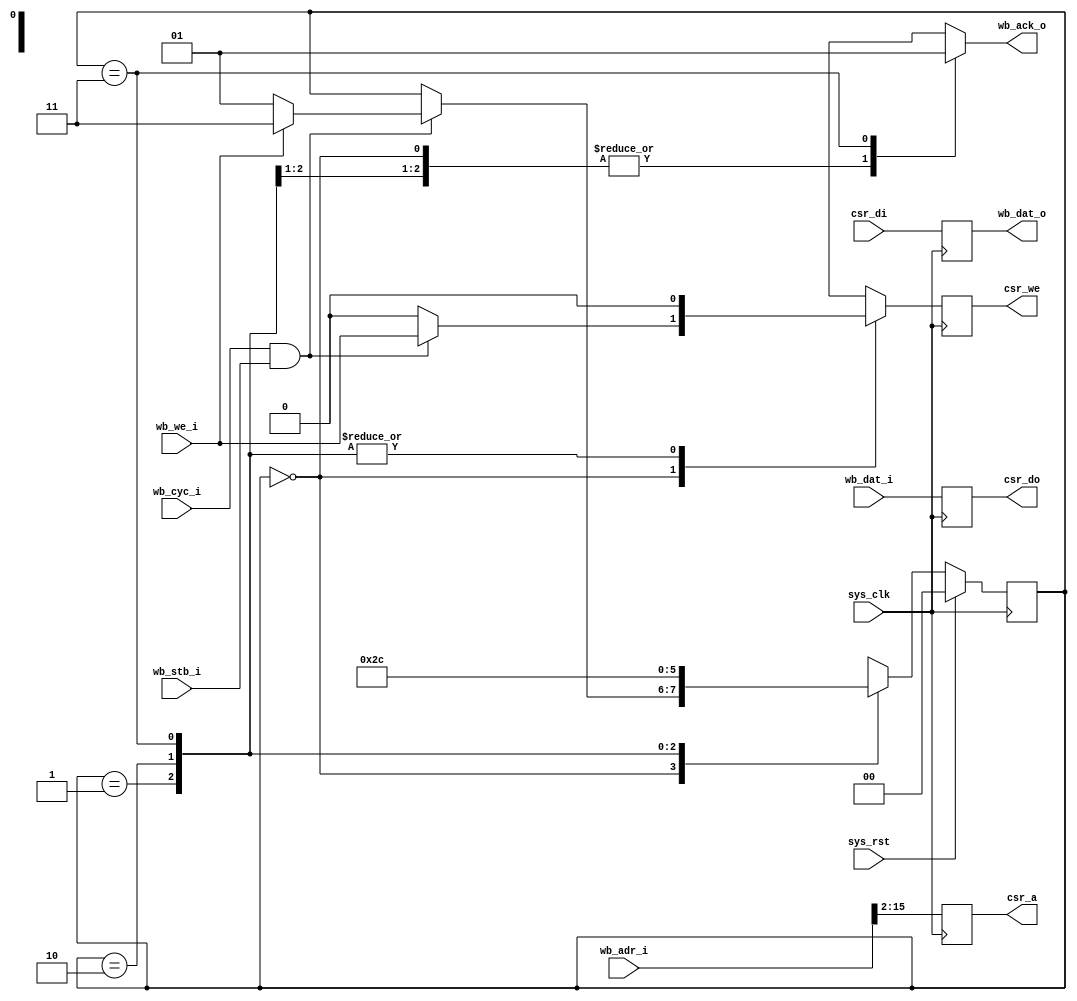
module csrbrg(
	input sys_clk,
	input sys_rst,
	
	/* WB */
	input [31:0] wb_adr_i,
	input [31:0] wb_dat_i,
	output reg [31:0] wb_dat_o,
	input wb_cyc_i,
	input wb_stb_i,
	input wb_we_i,
	output reg wb_ack_o,
	
	/* CSR */
	output reg [13:0] csr_a,
	output reg csr_we,
	output reg [31:0] csr_do,
	input [31:0] csr_di
);

/* Datapath: WB <- CSR */
always @(posedge sys_clk) begin
	wb_dat_o <= csr_di;
end

/* Datapath: CSR <- WB */
reg next_csr_we;
always @(posedge sys_clk) begin
	csr_a <= wb_adr_i[15:2];
	csr_we <= next_csr_we;
	csr_do <= wb_dat_i;
end

/* Controller */

reg [1:0] state;
reg [1:0] next_state;

parameter IDLE		= 2'd0;
parameter DELAYACK1	= 2'd1;
parameter DELAYACK2	= 2'd2;
parameter ACK		= 2'd3;

always @(posedge sys_clk) begin
	if(sys_rst)
		state <= IDLE;
	else
		state <= next_state;
end

always @(*) begin
	next_state = state;
	
	wb_ack_o = 1'b0;
	next_csr_we = 1'b0;
	
	case(state)
		IDLE: begin
			if(wb_cyc_i & wb_stb_i) begin
				/* We have a request for us */
				next_csr_we = wb_we_i;
				if(wb_we_i)
					next_state = ACK;
				else
					next_state = DELAYACK1;
			end
		end
		DELAYACK1: next_state = DELAYACK2;
		DELAYACK2: next_state = ACK;
		ACK: begin
			wb_ack_o = 1'b1;
			next_state = IDLE;
		end
	endcase
end

endmodule